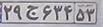
۲۹ج۶۳۴۵۳